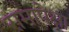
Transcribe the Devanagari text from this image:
रामापेक्षा